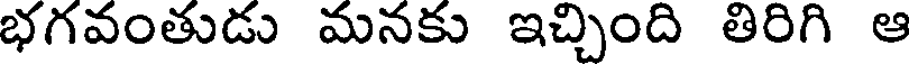
భగవంతుడు మనకు ఇచ్చింది తిరిగి ఆ